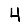
Digit: 4